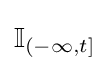
\mathbb {I} _{(-\infty ,t]}